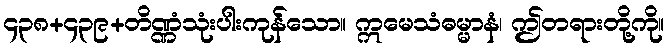
၄၃၈+၄၃၉+တိဏ္ဏံသုံးပါးကုန်သော။ ဣမေသံဓမ္မာနံ၊ ဤတရားတို့ကို။